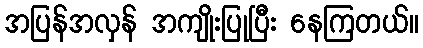
အပြန်အလှန် အကျိုးပြုပြီး နေကြတယ်။